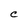
Character: C